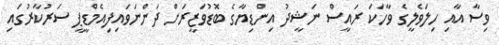
ވިސާ އާއި ހިލަވެލީގެ ވާހަކަ ރައީސް ނަޝީދު އިންޑިޔާގެ ބޮޑުވަޒީރަށް ދަންނަވައިފިއެމްޑީޕީ ސަރުކާރުގައި